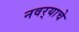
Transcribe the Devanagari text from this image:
नवर्‍याचे